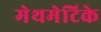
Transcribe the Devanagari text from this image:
मेथमेटिके